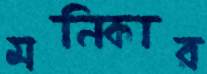
মনিকার